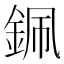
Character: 𨦨